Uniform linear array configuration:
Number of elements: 48
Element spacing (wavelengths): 0.75
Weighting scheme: binomial
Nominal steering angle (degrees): -45
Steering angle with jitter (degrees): -44.264
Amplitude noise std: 0.05
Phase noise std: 0.05

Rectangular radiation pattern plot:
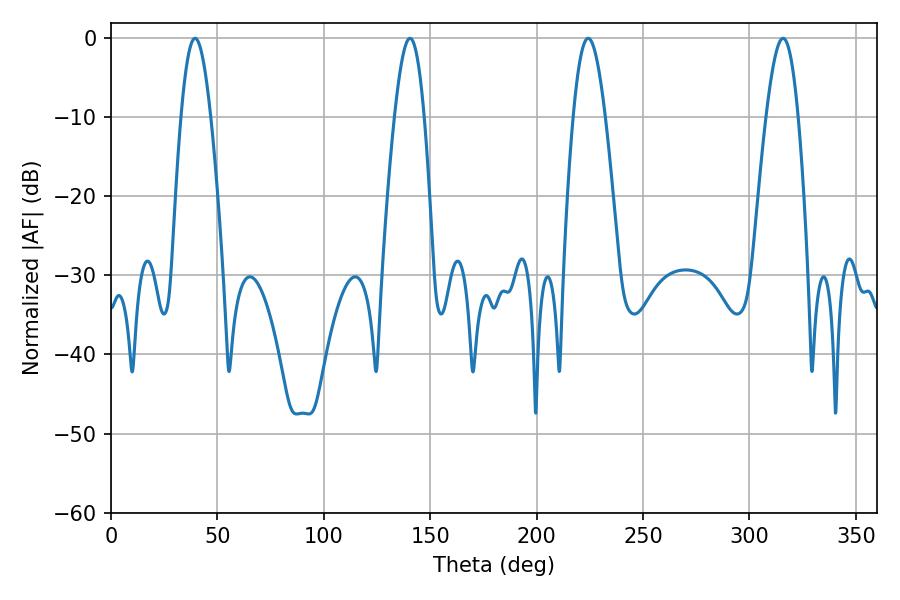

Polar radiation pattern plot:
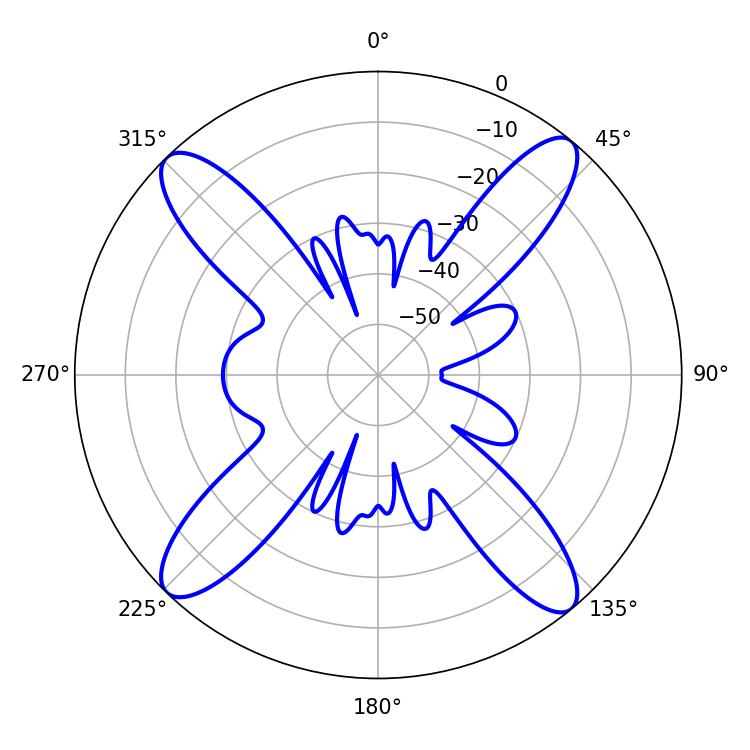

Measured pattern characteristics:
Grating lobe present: TRUE
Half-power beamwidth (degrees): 8.1
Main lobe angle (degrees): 315.72